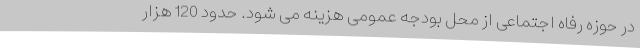
در حوزه رفاه اجتماعی از محل بودجه عمومی هزینه می شود. حدود 120 هزار